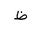
Letter: _za